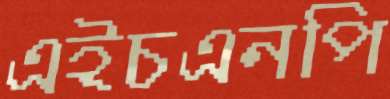
এইচএনপি